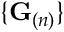
\{ \mathbf { G } _ { ( n ) } \}